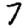
Digit: 7